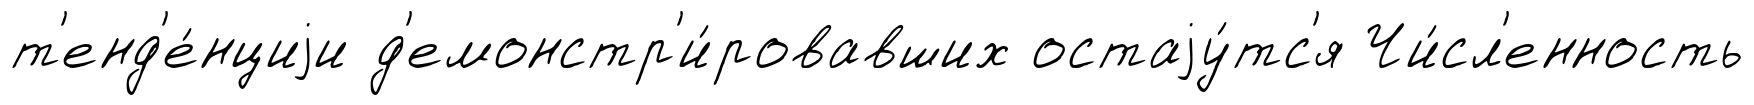
т'енд'е́нциjи д'емонстр'и́ровавших остаjу́тс'я Чи́сл'енность